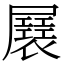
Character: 㞡